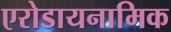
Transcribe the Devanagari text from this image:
एरोडायनामिक